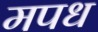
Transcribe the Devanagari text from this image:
मपध